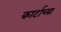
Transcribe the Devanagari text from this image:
कार्टाच्या